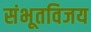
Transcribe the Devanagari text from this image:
संभूतविजय